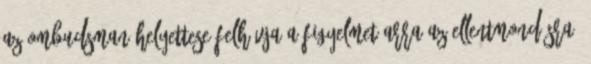
Az ombudsman helyettese felhívja a figyelmet arra az ellentmondásra,